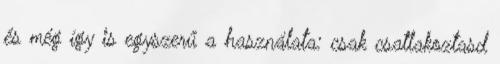
és még így is egyszerű a használata: csak csatlakoztasd